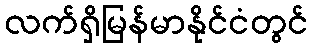
လက်ရှိမြန်မာနိုင်ငံတွင်